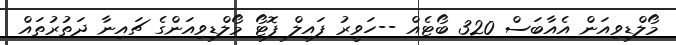
މޯލްޑިވިއަން އެއާބަސް 320 ބޯޓެއް --ހަވީރު ފައިލް ފޮޓޯ މޯލްޑިވިއަންގެ ޗައިނާ ދަތުރުތައް